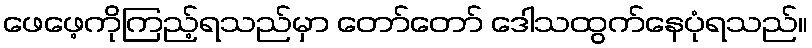
ဖေဖေ့ကိုကြည့်ရသည်မှာ တော်တော် ဒေါသထွက်နေပုံရသည်။